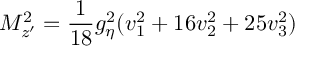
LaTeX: M _ { z ^ { \prime } } ^ { 2 } = \frac { 1 } { 1 8 } g _ { \eta } ^ { 2 } ( v _ { 1 } ^ { 2 } + 1 6 v _ { 2 } ^ { 2 } + 2 5 v _ { 3 } ^ { 2 } )